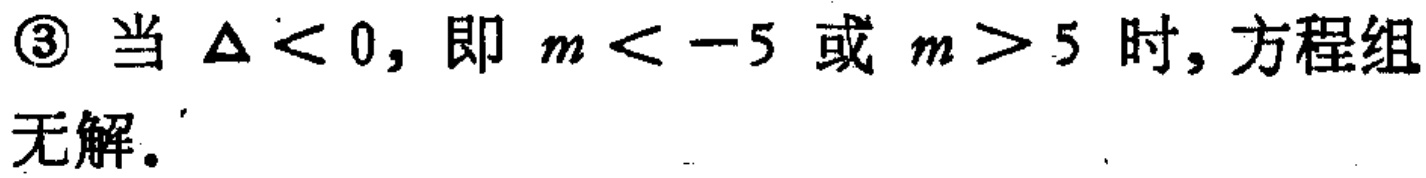
\textcircled{3} 当 $\Delta<0$，即 $m < -5$ 或 $m>5$ 时，方程组无解。